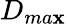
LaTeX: D_{ma\mathbf{x}}